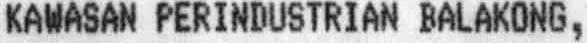
KAWASAN PERINDUSTRIAN BALAKONG,